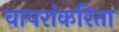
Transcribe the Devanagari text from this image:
वापरांकरिता